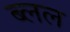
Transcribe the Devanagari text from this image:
ब्लल